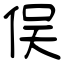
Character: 俣